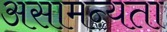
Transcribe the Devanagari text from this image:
असामन्यता